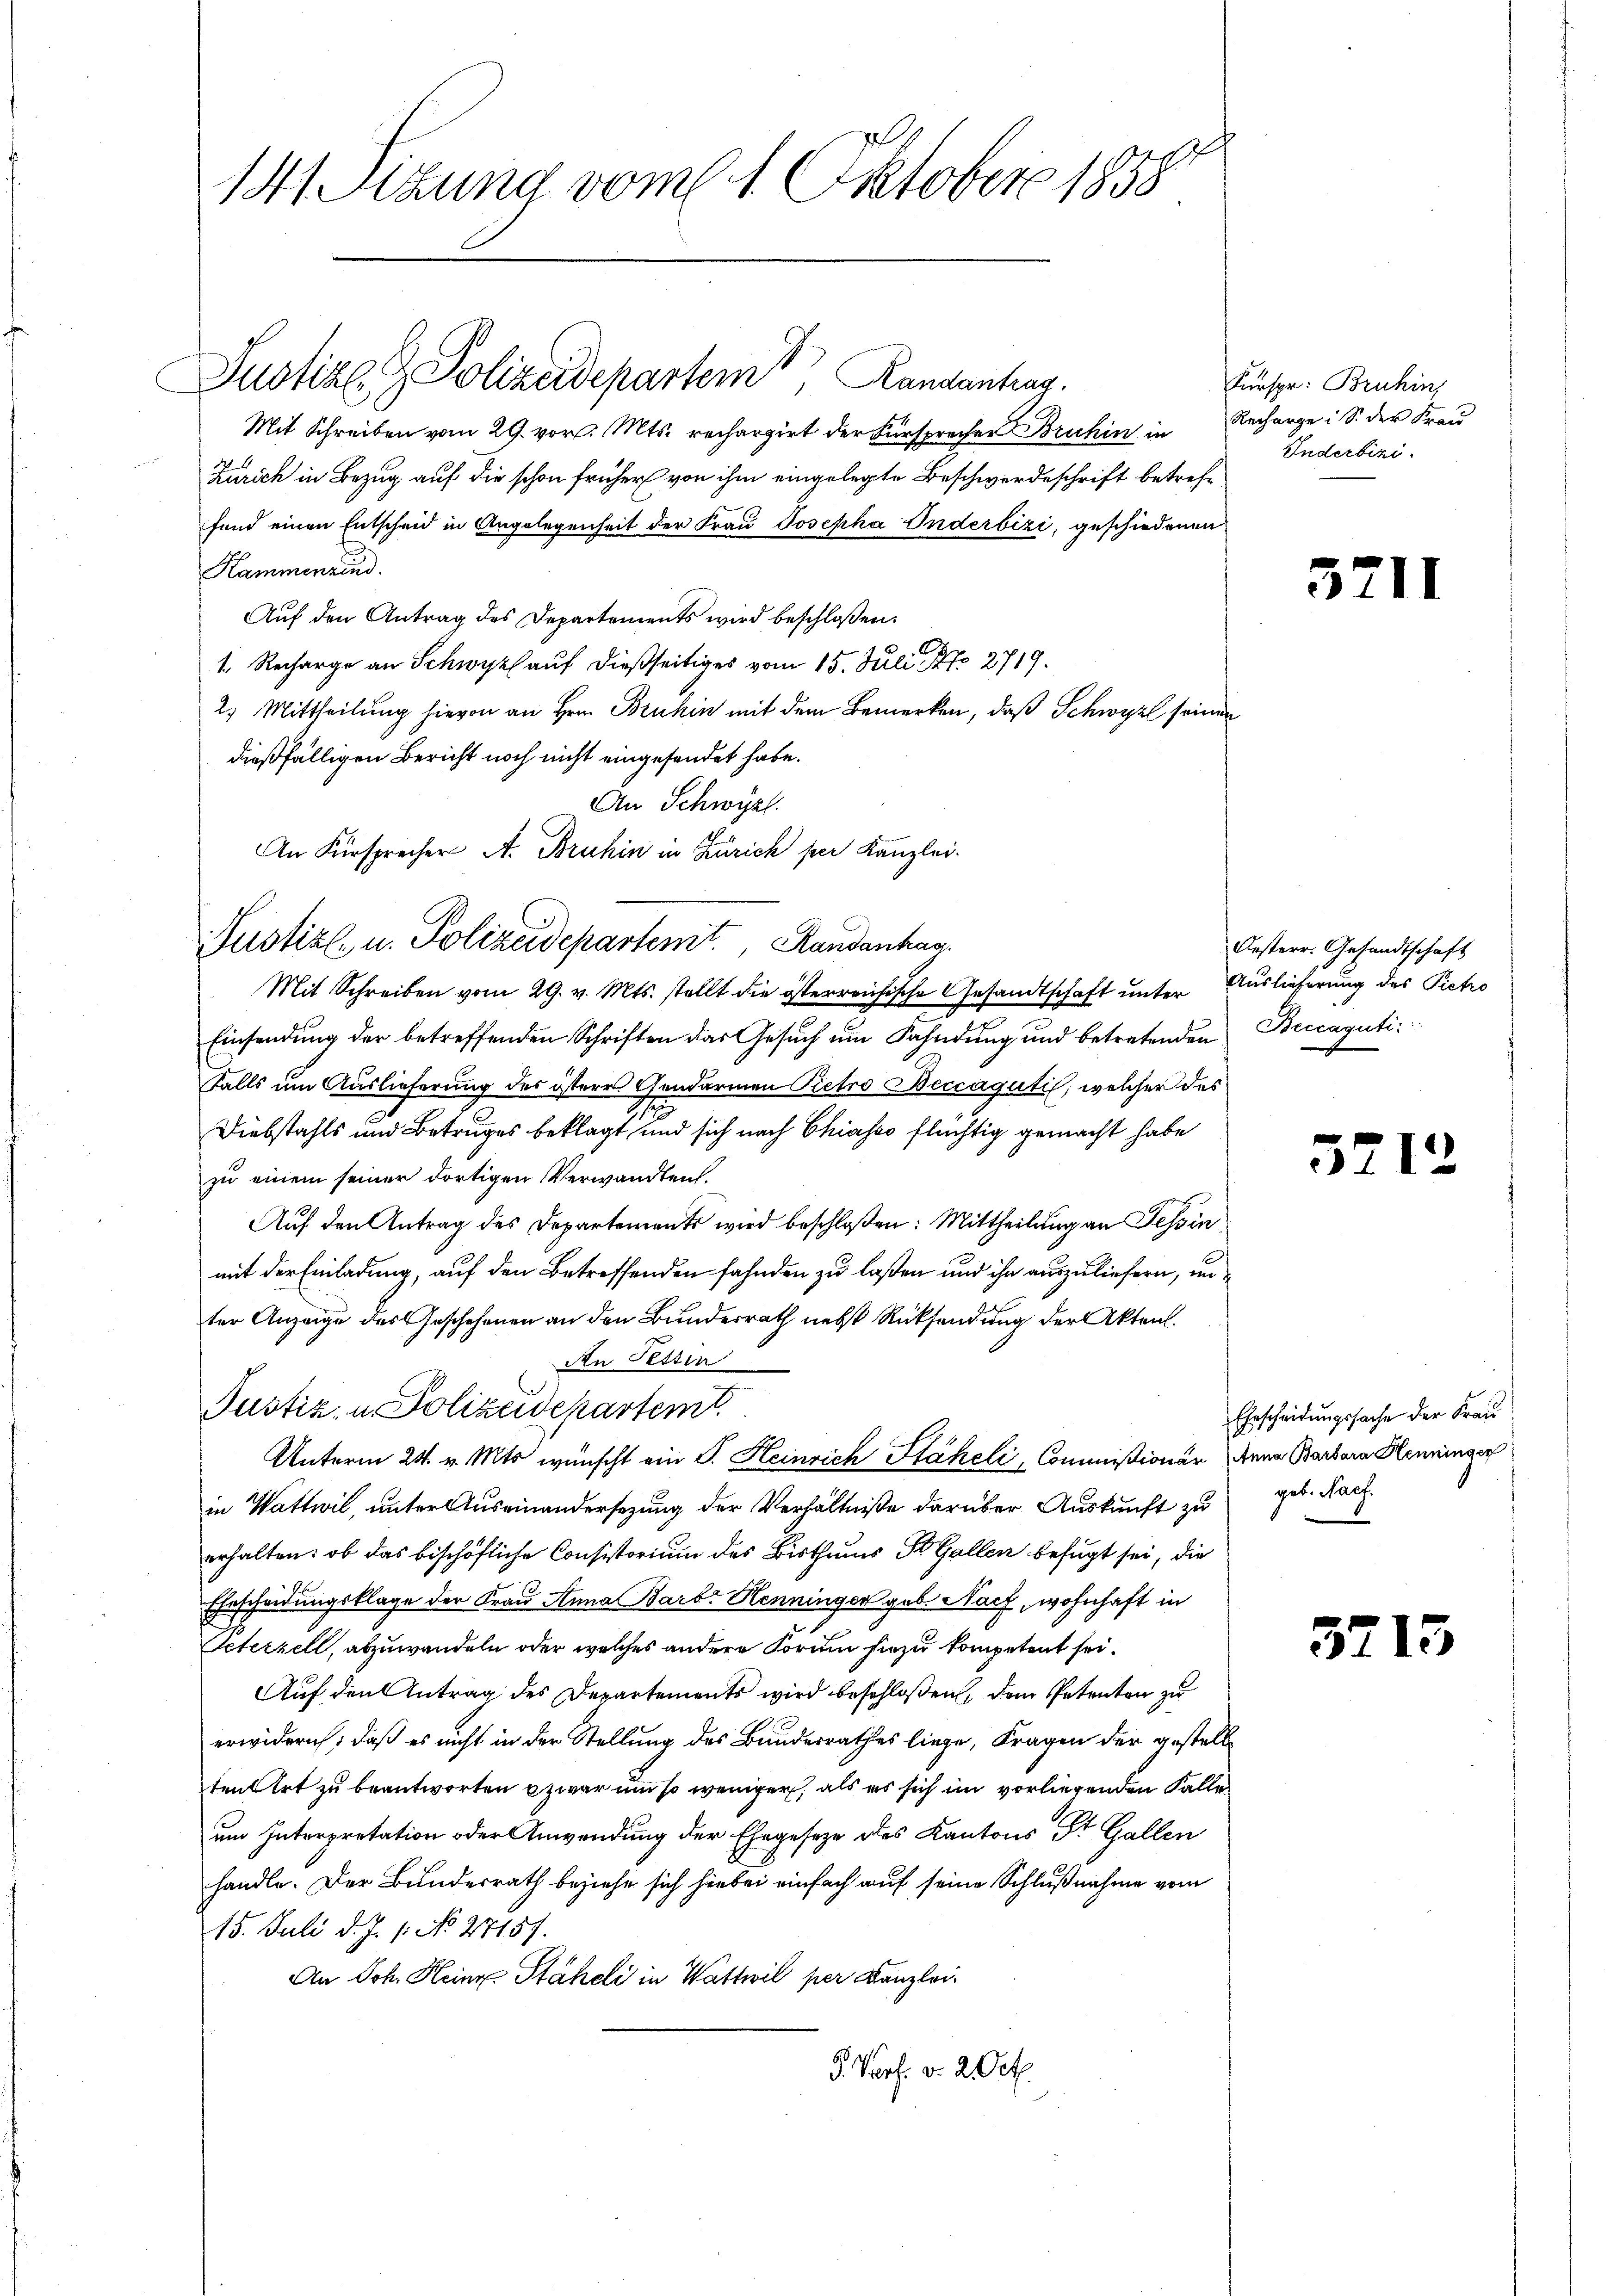
141 Sizung vom 1. Oktober 1858

J.
Justiz- & Polizeidepartem Randantrag

Mit Schreiben vom 29. vor. Mts. rechargirt der Fürsprecher Bruhin in
Zürich in Bezug auf die schon früher von ihm eingelegte Beschwerdeschrift betreffand einen Entscheid in Angelegenheit der Frau Josepha Inderbizi, geschiedenen
Kammenzind.
Auf den Antrag des Departements wird beschloßen:
.
1. Recharge an Schwyz auf dießseitiges vom 15. Juli S. 2719.
2) Mittheilung hievon an Hrn. Bruhin mit dem Bemerken, daß Schwyzl seine
dießfälligen Bericht noch nicht eingesendet habe.
An Schwyzl.
An Fürsprecher A. Bruhin in Zürich per Kanzlei.
Justiz- u. Polizeidepartemt. Randanhag
Mit Schreiben vom 29. v. Mts. stellt die österreichische Gesandtschaft unter Auslieferung des Pietro
Einsendung der betreffenden Schriften das Gesuch um Fahndung und betretenden
Falls um Auslieferung des österes Gendarmen Pietro Beccagutis, welcher des
.
Diebstahls und Betruges beklagt und sich nach Chiasso flüchtig gemacht habe
zu einem seiner dortigen Verwandten.
Auf den Antrag des Departements wird beschloßen: Mittheilung an Tessin
mit der Einladung, auf den Betreffenden fahnden zu laßen und ihn auszuliefern, unter Anzeige des Geschehenen an den Bundesrath nebst Rücksendung der Akten.
An Pestin
Justiz, u. Polizeidepartem
Unterm 24. v. Mts. wünscht ein P. Heinrich Stäheli, Commißionär dena Barbara Henninger
in Wattwil, unter Auseinandersezung der Verhältniße darüber Auskunft zu
erhalten: ob das bischöfliche Consistorium des Bisthums St. Gallen befugt sei, die
Ehescheidungsklage der Frau Anna Barb. Henninger geb. Nach, wohnhaft in
Seterkell, abzuwandeln oder welches andere Forum hiezu kompetent sei.
Auf den Antrag des Departements wird beschloßen, dem Petenten zu
erwidern; daß es nicht in der Stellung des Bundesrathes liege, Fragen der gestell
ten Art zu beantworten zwar um so weniger, als es sich im vorliegenden Falle
um Interpretation oder Anwendung der Ehegeseze des Kantons St. Gallen
handle. Der Bundesrath beziehe sich hiebei einfach auf seine Schlußnahme vom
15. Juli d. J. 1. No. 27157.
An Joh. Heinr. Staheli in Wattwil per Kanzlei.
P. Porf. v. 2. Oct.

Kurspr: Bruhin
Recharge : S. der Frau
Inderbeizi

Oesterr. Gesandtschaft
Beccaguti::

Ehescheidungssache der Frau
geb. Pach.

3211

37

37

1

1